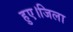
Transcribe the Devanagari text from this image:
हुए।जिला